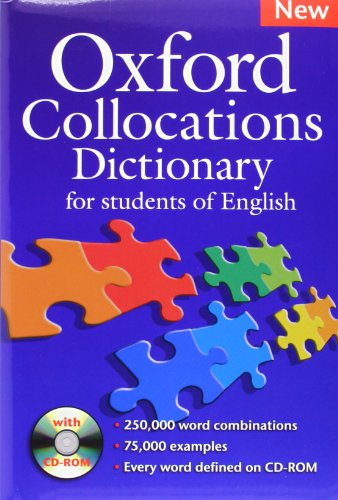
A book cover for Oxford Collocations Dictionary; Reference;